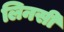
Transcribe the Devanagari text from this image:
लिनसी